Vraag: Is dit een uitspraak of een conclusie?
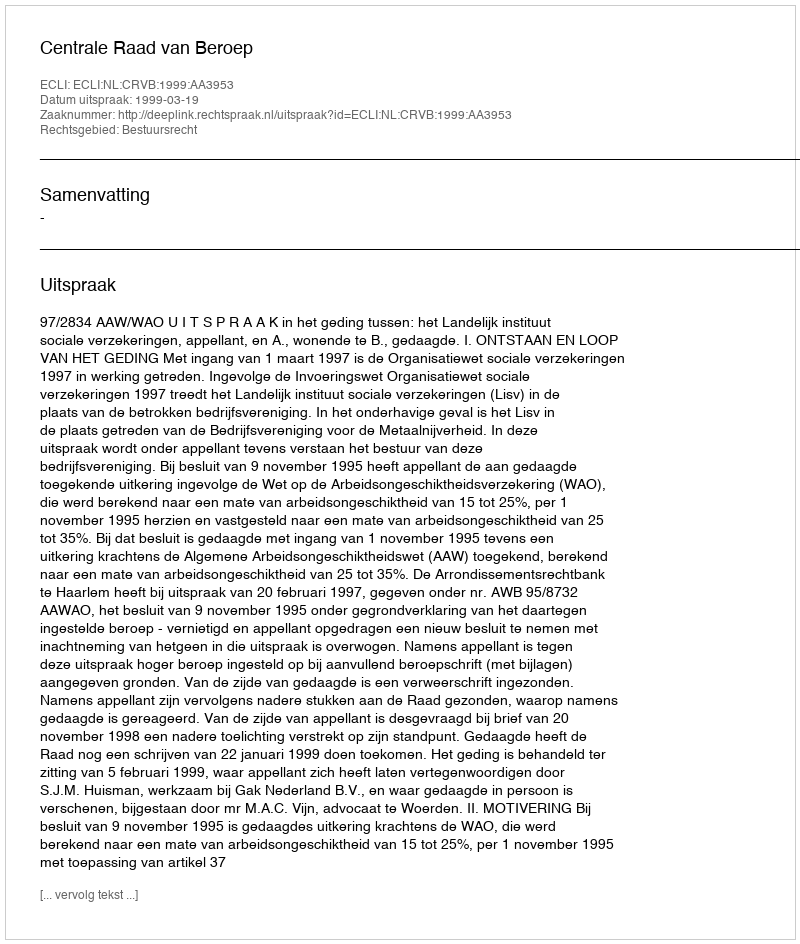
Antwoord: Uitspraak